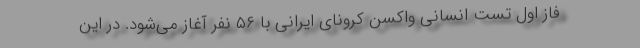
فاز اول تست انسانی واکسن کرونای ایرانی با ۵۶ نفر آغاز می‌شود. در این